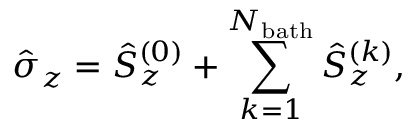
\hat { \sigma } _ { z } = \hat { S } _ { z } ^ { ( 0 ) } + \sum _ { k = 1 } ^ { N _ { \mathrm { b a t h } } } \hat { S } _ { z } ^ { ( k ) } ,